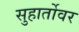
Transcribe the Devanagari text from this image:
सुहार्तोवर